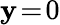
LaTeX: \mathbf{y}\! =\! 0